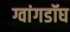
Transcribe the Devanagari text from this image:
ग्वांगडॉघ